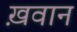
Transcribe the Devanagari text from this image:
ख़वान